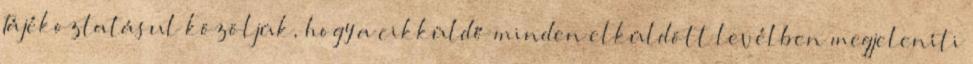
Tájékoztatásul közöljük, hogy a cikküldő minden elküldött levélben megjeleníti